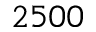
2 5 0 0